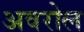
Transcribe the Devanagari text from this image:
अवरोल